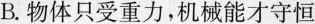
B.物体只受重力，机械能才守恒